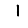
Digit: 1